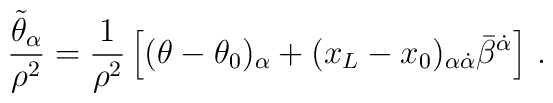
\frac{\tilde{\theta}_\alpha}{\rho^2} =\frac{1}{\rho^2}\left[ (\theta-\theta_0)_\alpha +(x_L-x_0)_{\alpha\dot\alpha}\bar{\beta}^{\dot\alpha}\right]\, .